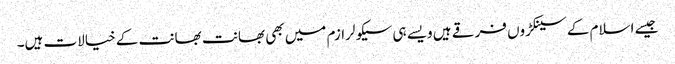
جیسے اسلام کے سینکڑوں فرقے ہیں ویسے ہی سیکولرازم میں بھی بھانت بھانت کے خیالات ہیں۔